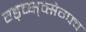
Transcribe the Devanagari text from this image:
ग्ड्च्क्ष्व्सेग्फ्व